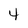
Character: 4